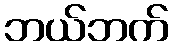
ဘယ်ဘက်